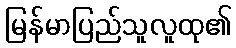
မြန်မာပြည်သူလူထု၏